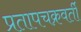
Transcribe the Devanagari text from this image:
प्रतापचक्रवर्ती